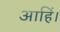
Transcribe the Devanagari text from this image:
आहिं।